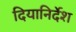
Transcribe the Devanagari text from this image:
दियानिर्देश